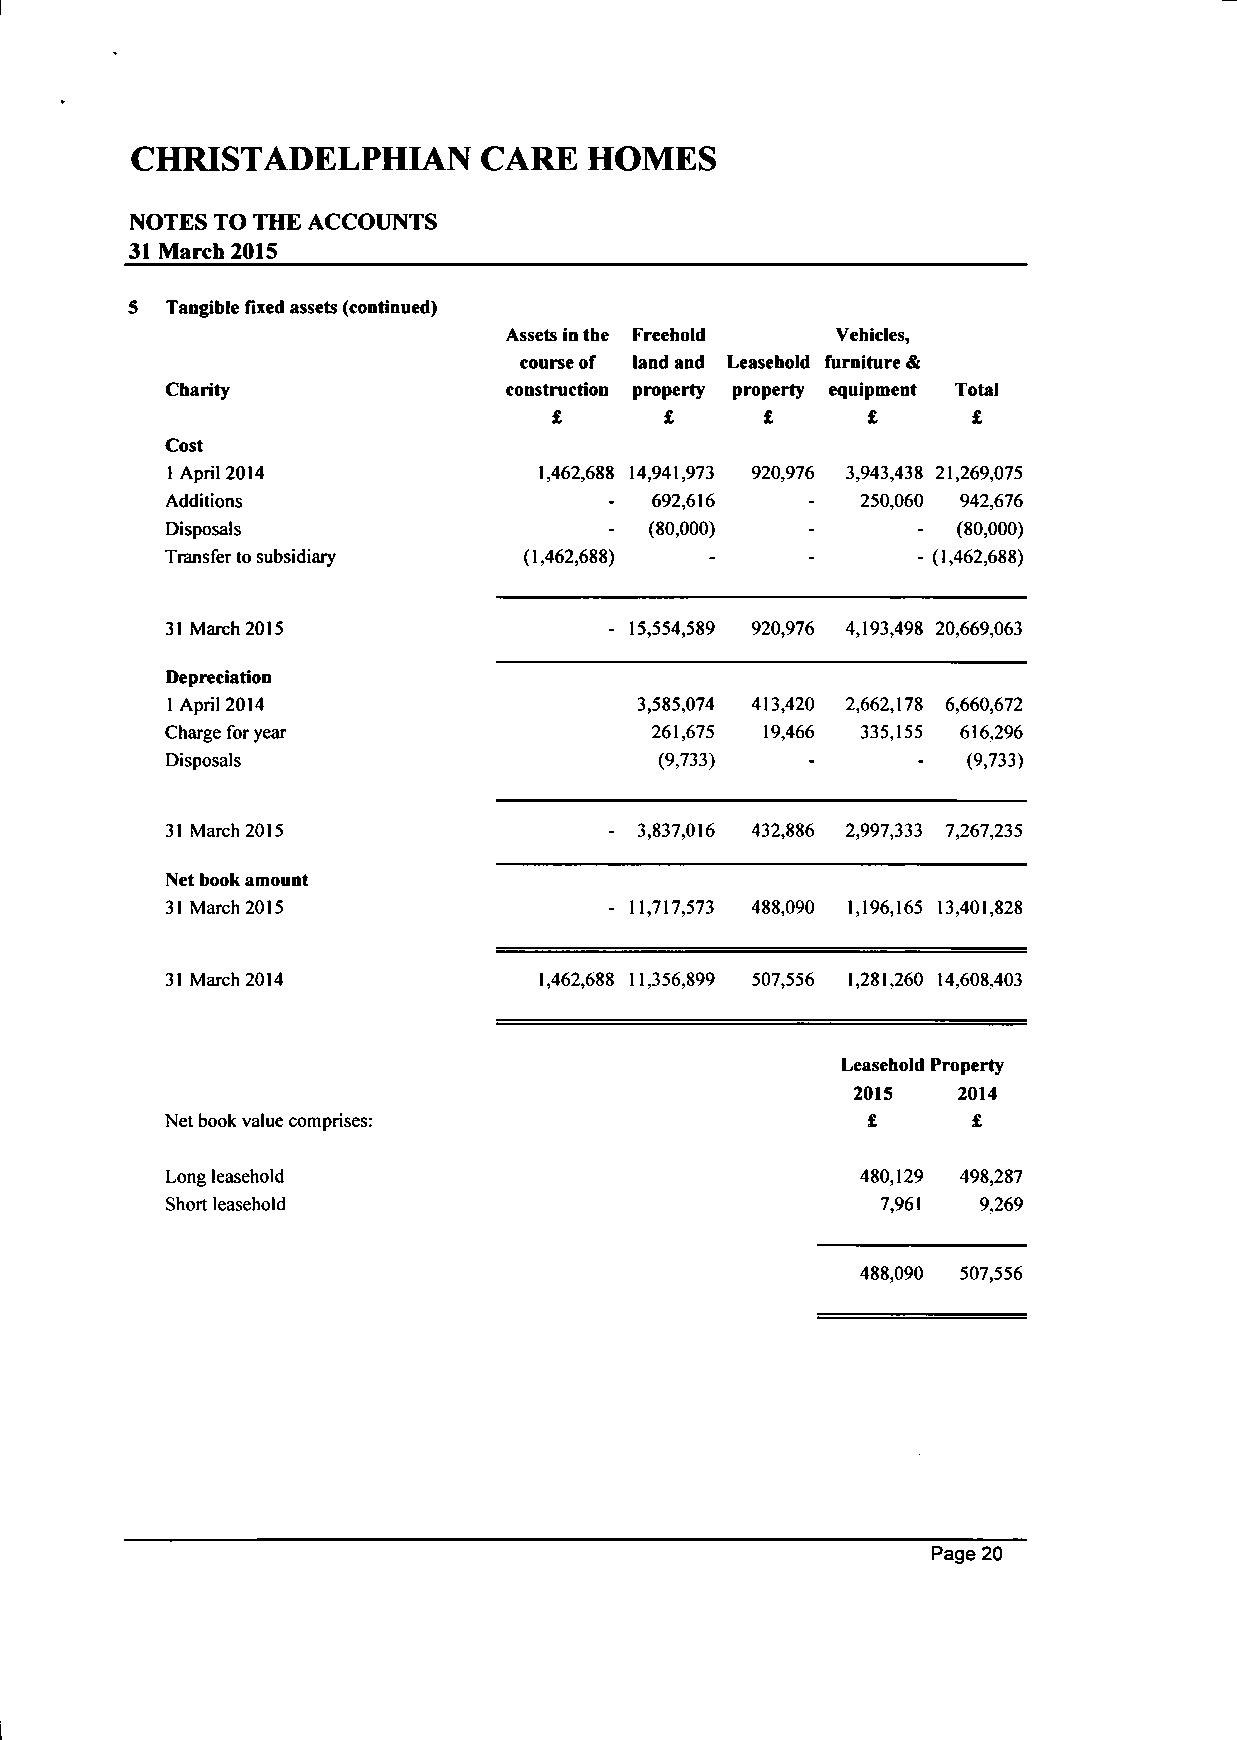
CHRISTADELPHIAN        CARE  HOMES
 NOTES TO THE ACCOUNTS
 31 March 2015
 Tangible fixed assets (continued)
 Assets in the Freehold Vehicles,
 course of land and Leasehold furniture &
 Charity               construction property property equipment Total
 £      £      £     £      £
 Cost
 1 April 2014             1,462,688 14,941,973 920,976 3,943,438 21,269,075
 Additions                    -  692,616   -   250,060 942,676
 Disposals                    -  (80,000)  -       - (80,000)
 Transfer to subsidiary  (1,462,688) -     -       - (1,462,688)
 31 March 2015                - 15,554,589 920,976 4,193,498 20,669,063
 Depreciation
 1 April 2014                   3,585,074 413,420 2,662,178 6,660,672
 Charge for year                 261,675 19,466 335,155 616,296
 Disposals                        (9,733)  -          (9,733)
 31 March 2015                - 3,837,016 432,886 2,997,333 7,267,235
 Net book amount
 31 March 2015                - 11,717,573 488,090 1,196,165 13,401,828
 31 March 2014            1,462,688 11,356,899 507,556 1,281,260 14,608,403
 Leasehold Property
 2015  2014
 Net book value comprises:                     £      £
 Long leasehold                                480,129 498,287
 Short leasehold                                7,961  9,269
 488,090 507,556
 Page 20